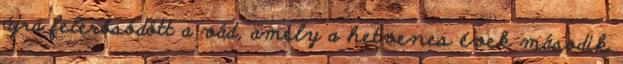
újra felerősödött a vád, amely a hetvenes évek második